Vaccination United Provinces of Agra and Oudh 1914-1922 - 1914-1922
Year: 1914
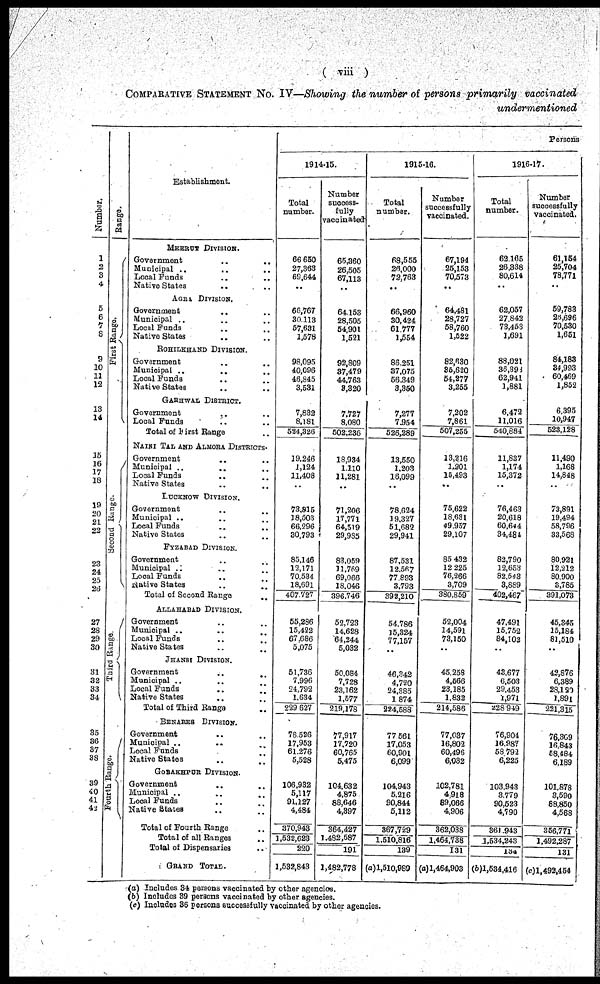
(
viii )
COMPARATIVE STATEMENT No. IV—Showing the number of persons primarily vaccinated
undermentioned
Number.
1
2
3
4
5
6
7
8
9
10
11
12
13
14
15
16
17
18
19
20
21
22
23
24
25
26
27
28
29
30
31
32
33
34
35
36
37
38
39
40
41
42
Range.
First Range.
Second
Range.
Third Range
Fourth Range.
Establishment.
MEERUT DIVISION.
Government .. .. ..
Municipal .. .. ..
Local Funds .. .. ..
Native States .. .. ..
AGRA DIVISION.
Government .. .. ..
Municipal .. .. ..
Local Funds .. .. ..
Native States .. .. ..
ROHILKHAND DIVISION.
Government .. .. ..
Municipal .. .. ..
Local Funds .. .. ..
Native States .. .. ..
GARHAWAL DISTRICT.
Government .. .. ..
Local Funds .. .. ..
Total of First Range ..
NAINI TAL AND ALMORA DISTRICTS.
Government .. .. ..
Municipal .. .. ..
Local Funds .. .. ..
Native States .. .. ..
LUCKNOW DIVISION.
Government .. .. ..
Municipal .. .. ..
Local Funds .. .. ..
Native States .. .. ..
FYZABAD DIVISION.
Government .. .. ..
Municipal .. .. ..
Local Funds .. .. ..
Native States .. .. ..
Total of Second Range ..
ALLAHABAD DIVISION.
Government .. .. ..
Municipal .. .. ..
Local Funds .. .. ..
Native States .. .. ..
JHANSI DIVISION.
Government .. .. ..
Municipal .. .. ..
Local Funds .. .. ..
Native States .. .. ..
Total of Third Range ..
BENARES DIVISION.
Government .. .. ..
Municipal .. .. ..
Local Funds .. .. ..
Native States .. .. ..
GORAKHPUR DIVISION.
Government .. .. ..
Municipal .. .. ..
Local Funds .. .. ..
Native States .. .. ..
Total of Fourth Range ..
Total of all Ranges ..
Total of Dispensaries ..
GRAND TOTAL.
Persons
1914-15.
Total
number.
66,650
27,363
69,644
..
66,767
30,113
57,631
1,578
98,095
40,096
46,845
3,531
7,832
8,181
524,326
19,246
1,124
11,408
..
73,315
18,503
66,296
30,793
85,146
12,171
70,534
18,691
407,727
55,286
15,422
67,686
5,075
51,736
7,996
24,792
1,634
229,627
78,526
17,953
61,276
5,528
106,932
5,117
91,127
4,484
370,943
1,532,623
220
1,582,843
Number
success-
fully
vaccinated
65,360
26,505
67,113
..
64,153
28,505
54,901
1,521
92,809
37,479
44,763
3,320
7,727
8,080
502,236
18,934
1,110
11,281
..
71,206
17,771
64,519
29,985
83,059
11,769
69,066
18,046
396,746
52,723
14,628
64,244
5,032
50,084
7,728
23,162
1,577
219,178
77,917
17,720
60,765
5,475
104,632
4,875
88,646
4,897
364,427
1,482,587
191
1,482,778
1915-16.
Total
number.
68,555
26,000
72,763
..
66,960
30,424
61,777
1,554
86,251
37,075
56,349
3,350
7,277
7,954
526,289
13,550
1,203
16,099
..
78,624
19,327
51,682
29,941
87,531
12,567
77,893
3,793
393,210
54,786
15,324
77,157
..
46,342
4,720
24,385
1,874
224,588
77,561
17,053
60,901
6,099
104,943
5,216
90,844
5,112
367,729
1,510,816
139
(a) 1,510,989
Number
successfully
vaccinated.
67,194
25,153
70,573
..
64,481
28,727
58,760
1,522
82,630
35,620
54,277
3,255
7,202
7,861
507,255
13,216
1,201
15,493
..
75,622
18,631
49,957
29,107
85,432
12,225
76,266
3,709
380,869
52,004
14,591
73,150
..
45,258
4,566
23,185
1,832
214,586
77,037
16,802
60,496
6,032
102,781
4,918
89,066
4,906
362,038
1,464,788
131
(a)1,464,903
1916-17.
Total
number.
62,165
26,338
80,614
..
62,057
27,842
73,453
1,691
88,021
35,898
62,941
1,881
6,472
11,016
540,884
11,837
1,174
15,372
..
76,463
20,618
60,644
34,484
82,790
12,653
82,543
3,889
402,467
47,491
15,752
84,102
..
43,677
6,503
29,453
1,971
228,949
76,904
16,987
58,792
6,225
103,943
3,779
90,523
4,790
361,943
1,534,243
134
(b)1,534,416
Number
successfully
vaccinated.
61,154
25,704
78,771
..
59,783
28,696
70,530
1,651
84,183
34,993
60,469
1,852
6,395
10,947
523,128
11,490
1,168
14,848
..
73,891
19,494
58,796
33,568
80,921
12,212
80,900
3,785
391,073
45,345
15,184
81,510
..
42,876
6,389
28,120
1,891
221,315
76,309
16,843
58,484
6,189
101,878
3,590
88,850
4,568
356,771
1,492,287
131
(c)1,492,454
(a) Includes 34 persons vaccinated by other agencies.
(b) Includes 39 persons vaccinated by other agencies.
(c) Includes 36 persons successfully vaccinated by other agencies.